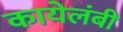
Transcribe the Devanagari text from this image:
कायेलंबी